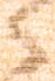
々